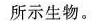
所示生物。